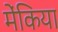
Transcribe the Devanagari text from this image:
मेंकिया